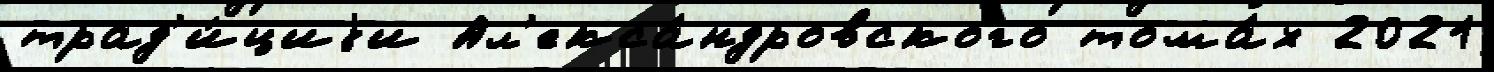
трад'и́циjи Ал'екса́ндровского тома́х 2021